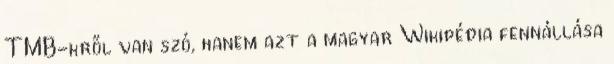
TMB-kről van szó, hanem azt a magyar Wikipédia fennállása